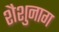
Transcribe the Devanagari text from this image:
शैशुनाग